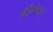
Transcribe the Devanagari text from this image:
ओढण्यात